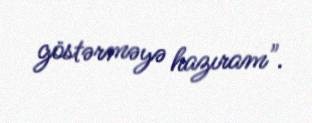
göstərməyə hazıram".